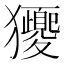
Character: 獿